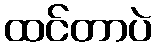
ထင်တာပဲ